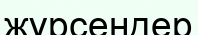
жүрсеңдер